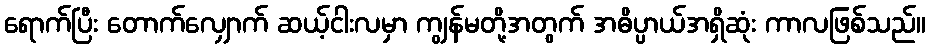
ရောက်ပြီး တောက်လျှောက် ဆယ့်ငါးလမှာ ကျွန်မတို့အတွက် အဓိပ္ပာယ်အရှိဆုံး ကာလဖြစ်သည်။